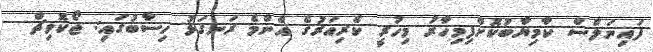
ފައިނަލްސް ކާމިޔާބުކޮށްފިމިހާރު މިހުރީ ކެރިއަރުގެ އެންމެ ރަނގަޅު ހިސާބުގައި: ޖޯކޮވިޗް